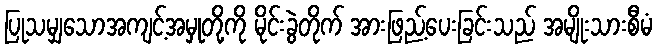
ပြုသမျှသောအကျင့်အမှုတို့ကို မိုင်းခွဲတိုက် အားဖြည့်ပေးခြင်းသည် အမျိုးသားစီမံ